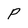
Character: P